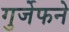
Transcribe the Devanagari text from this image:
गुर्जेफने